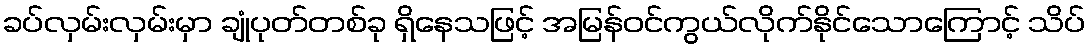
ခပ်လှမ်းလှမ်းမှာ ချုံပုတ်တစ်ခု ရှိနေသဖြင့် အမြန်ဝင်ကွယ်လိုက်နိုင်သောကြောင့် သိပ်